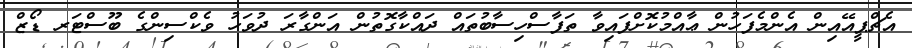
އެޗްޕީއޭއިން އެންމެފަހުން ޢާއްމުކޮށްފައިވާ ތަފާސްހިސާބުތައް ދައްކާގޮތުން އަންގާރަ ދުވަހު ވެކްސިންގެ ބޫސްޓަރ ޑޯޒް